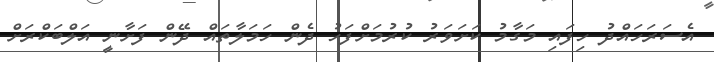
އެސަރަހައްދު ހިފައި މަގާމު ކަށަވަރު ކުރުމަށްފަހު ދެން ހަމަލާތައް ދޭން ފަށާނީ އަލްބަކްރަށް